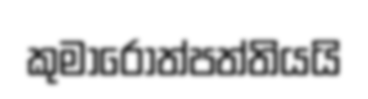
කුමාරෝත්පත්තියයි